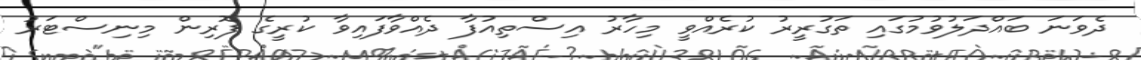
ދެވަނަ ބައްދަލުވުމުގައި ތަގުރީރު ކުރެއްވީ މިހާރު އިސްތިއުފާ ދެއްވާފައިވާ ކުރީގެ ފޮރިން މިނިސްޓަރު